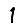
Digit: 1